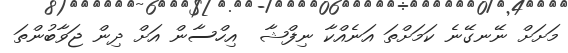
މަށަށް ނޭނގޭނެ ކަމަށްތަ އަނެއްކާ ނިފްޝާ  އިހްސާން އަށް ދިން ޖަވާބުންތަ